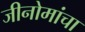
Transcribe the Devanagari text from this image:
जीनोमांचा